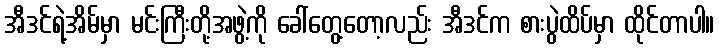
အီဒင်ရဲ့အိမ်မှာ မင်းကြီးတို့အဖွဲ့ကို ခေါ်တွေ့တော့လည်း အီဒင်က စားပွဲထိပ်မှာ ထိုင်တာပါ။